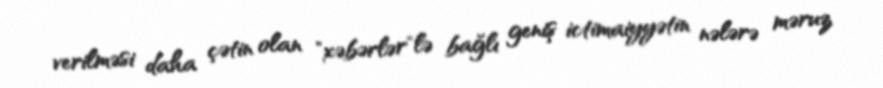
verilməsi daha çətin olan "xəbərlər"lə bağlı geniş ictimaiyyətin nələrə məruz